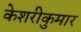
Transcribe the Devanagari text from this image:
केशरीकुमार